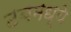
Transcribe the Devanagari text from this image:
टबमध्ये